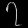
Digit: ၇